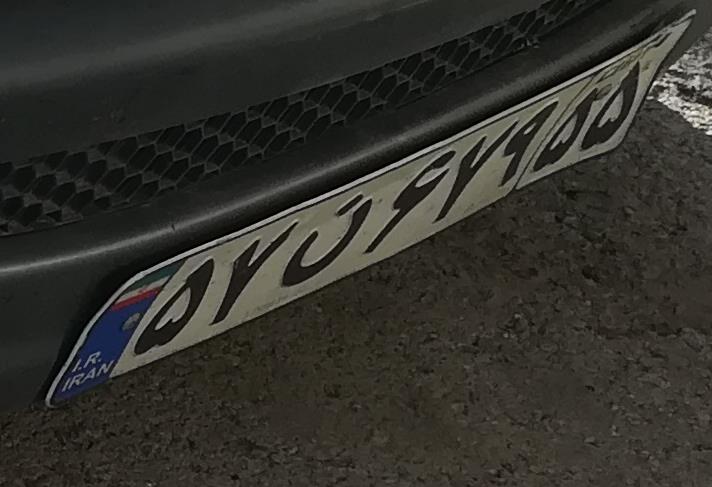
۵۷ن۶۷۹۵۵